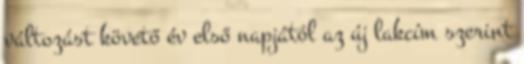
változást követő év első napjától az új lakcím szerint